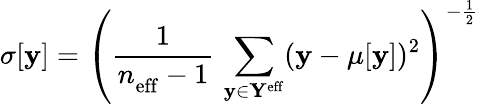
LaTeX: \sigma[\mathbf{y}]=\left(\frac{{1}}{{n_{\mathrm{{eff}}}^{\mathrm{{}}}-1}}\, \sum_{\mathbf{y}\in\mathbf{{Y}}^{\mathrm{{eff}}}}(\mathbf{y}-\mu[\mathbf{y}])^{2}\right)^{-\frac{{1}}{{2}}}